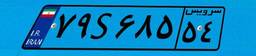
۷۹S۶۸۵۵۴